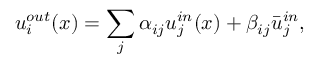
u _ { i } ^ { o u t } ( x ) = \sum _ { j } \alpha _ { i j } u _ { j } ^ { i n } ( x ) + \beta _ { i j } \bar { u } _ { j } ^ { i n } ,